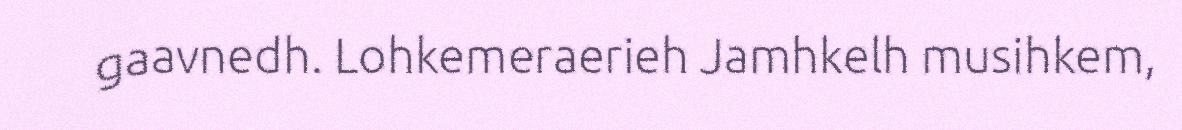
gaavnedh. Lohkemeraerieh Jamhkelh musihkem,